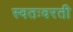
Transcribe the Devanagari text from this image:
स्वतःवरती